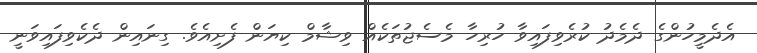
އެދެމީހުންގެ ދެމެދު ކުރެވިފައިވާ ހުރިހާ މެސެޖުތަކެއް ވިޝާމް ކިޔަން ފެށިއެވެ. ގިނައިން ދެކެވިފައިވަނީ